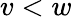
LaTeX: v<w